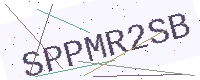
Text: SPPMR2SB